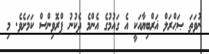
ނުވަތަ ޞަޙްރަލް ޣަރްބިޔާއަކީ އެ ގައުމުގެ އެންމެ ދެކުނު ޕްރޮވިންސް ކަމަށެވެ. މި